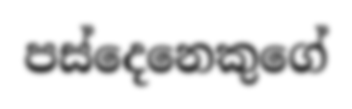
පස්දෙනෙකුගේ